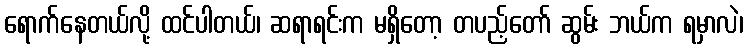
ရောက်နေတယ်လို့ ထင်ပါတယ်၊ ဆရာရင်းက မရှိတော့ တပည့်တော် ဆွမ်း ဘယ်က ရမှာလဲ၊